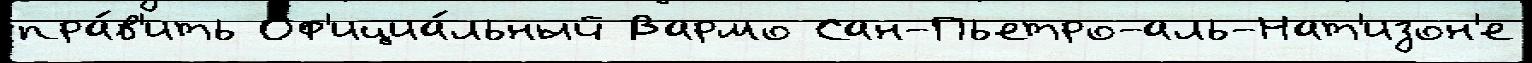
пра́в'ить Оф'ициа́льный Вармо Сан-Пьетро-аль-Нат'изон'е